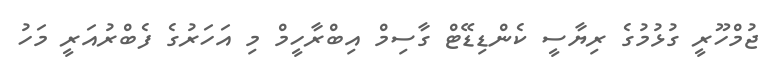
ޖުމްހޫރީ ގުޅުމުގެ ރިޔާސީ ކެންޑިޑޭޓް ގާސިމް އިބްރާހީމް މި އަހަރުގެ ފެބްރުއަރީ މަހު